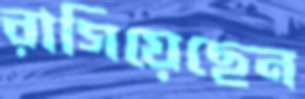
রাগিয়েছেন